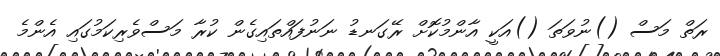
ރަތް މަސް ()ނުވަތަ ()އަކީ އާންމުކޮށް ރޭގަނޑު ނަނުފައްތައިގެން ކުރާ މަސްވެރިކަމުގައި އެންމެ